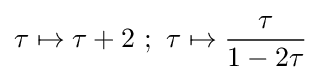
\tau \mapsto \tau +2\ ;\ \tau \mapsto {\frac {\tau }{1-2\tau }}\